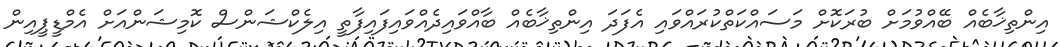
އިންތިޚާބެއް ބޭއްވުމަށް ބުރަކޮށް މަސައްކަތްކުރައްވައި އެފަދަ އިންތިޚާބެއް ބާއްވައިދެއްވައިފައިފާތީ އިލެކްޝަންސް ކޮމިޝަންއަށް އެމްޑީޕީއިން